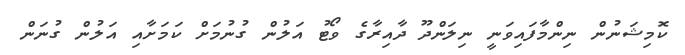
ކޮމިޝަނުން ނިންމާފައިވަނީ ނިލަންދޫ ދާއިރާގެ ވޯޓު އަލުން ގުނުމަށް ކަމަށާއި އަލުން ގުނަން